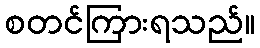
စတင်ကြားရသည်။